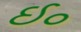
ઈ૦